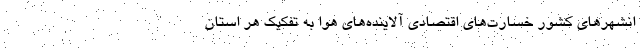
انشهرهای کشور خسارت‌های اقتصادی آلاینده‌های هوا به تفکیک هر استان